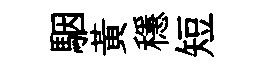
駰黃穩短